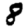
Digit: 8